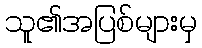
သူ၏အပြစ်များမှ